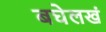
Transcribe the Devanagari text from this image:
बघेलखं